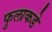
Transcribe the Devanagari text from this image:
फुलाकडे